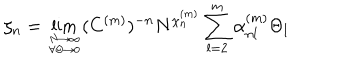
LaTeX: \zeta _ { n } = \lim _ { { N \to \infty } \atop { \forall \Theta \rightarrow 0 } } ( C ^ { ( m ) } ) ^ { - n } N ^ { \chi _ { n } ^ { ( m ) } } \sum _ { l = 2 } ^ { m } \alpha _ { n l } ^ { ( m ) } \Theta _ { l }